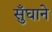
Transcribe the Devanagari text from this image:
सुँघाने